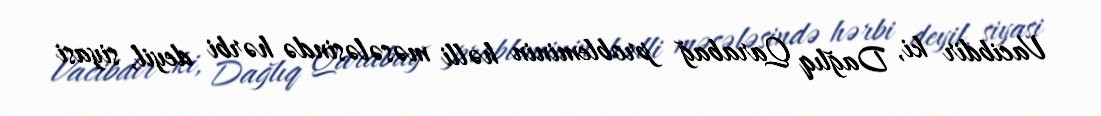
Vacibdir ki, Dağlıq Qarabağ probleminin həlli məsələsində hərbi deyil, siyasi